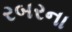
રબરના